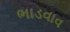
ભાડવાવ